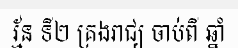
រ្ម័ន ទី២ គ្រងរាជ្យ ចាប់ពី ឆ្នាំ